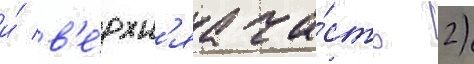
и́ в'е́рхн'яа ча́сть 2)